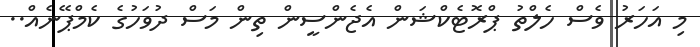
މި އަހަރު ވެސް ހެލްތު ޕްރޮޓެކްޝަން އެޖެންސީން ތިން މަސް ދުވަހުގެ ކެމްޕޭނެއް..